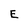
Character: E